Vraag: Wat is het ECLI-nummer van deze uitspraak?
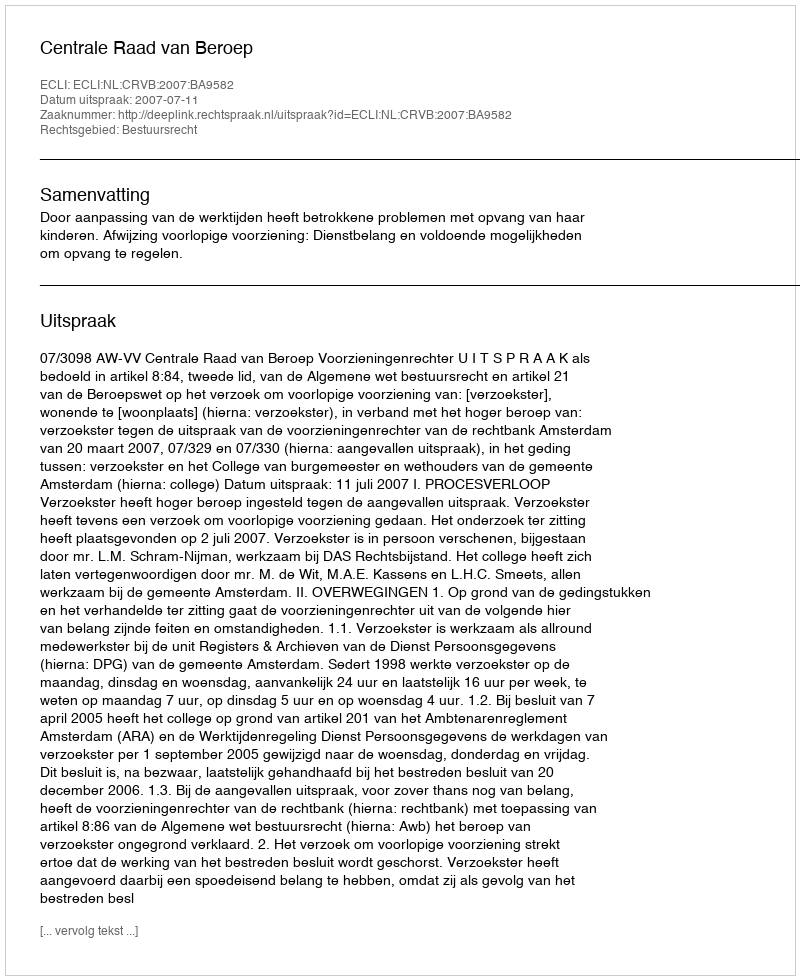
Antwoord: ECLI:NL:CRVB:2007:BA9582